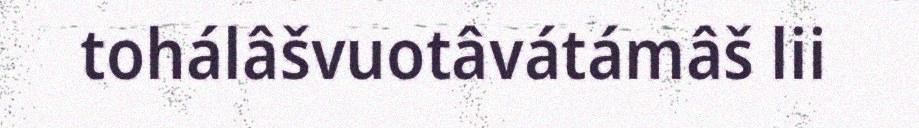
tohálâšvuotâvátámâš lii